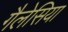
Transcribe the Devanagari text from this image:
गैलेसिया